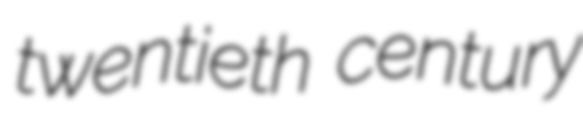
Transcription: twentieth century